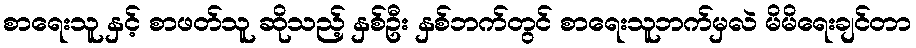
စာရေးသူ နှင့် စာဖတ်သူ ဆိုသည့် နှစ်ဦး နှစ်ဘက်တွင် စာရေးသူဘက်မှလဲ မိမိရေးချင်တာ